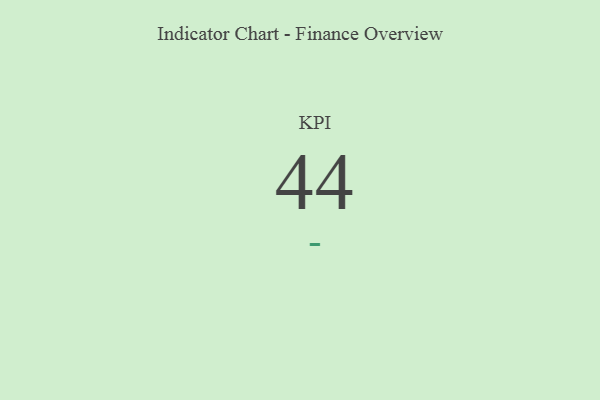
{"axis": {"x": "KPI", "y": "Value"}, "legend": [""], "data": [{"x": "KPI", "y": 44, "type": ""}]}